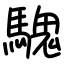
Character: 騩